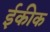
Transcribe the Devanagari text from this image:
ईकीक